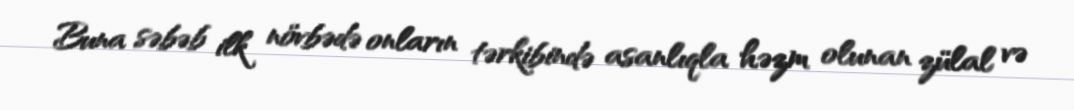
Buna səbəb ilk növbədə onların tərkibində asanlıqla həzm olunan zülal və